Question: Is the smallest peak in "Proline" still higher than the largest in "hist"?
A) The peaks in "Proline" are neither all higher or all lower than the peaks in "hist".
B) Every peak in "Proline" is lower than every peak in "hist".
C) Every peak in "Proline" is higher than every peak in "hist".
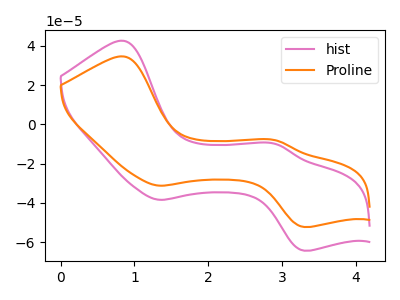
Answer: <think>The pink curve "hist" has anodic peaks at (0.85V, 42.50uA) (2.90V, -10.00uA) and cathodic peaks at (1.35V, -38.45uA) (3.30V, -64.30uA). The orange curve "Proline" has anodic peaks at (0.85V, 34.55uA) (2.90V, -8.15uA) and cathodic peaks at (1.35V, -31.25uA) (3.30V, -52.25uA).</think>
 <answer>A) The peaks in "Proline" are neither all higher or all lower than the peaks in "hist".</answer>
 <eval>A</eval>